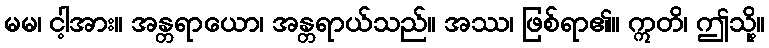
မမ၊ ငါ့အား။ အန္တရာယော၊ အန္တရာယ်သည်။ အဿ၊ ဖြစ်ရာ၏။ ဣတိ၊ ဤသို့။